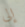
إلى